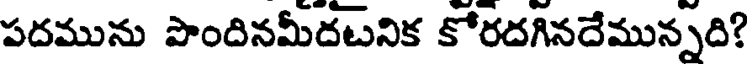
పదమును పొందినమీదటనిక కోరదగినదేమున్నది?